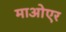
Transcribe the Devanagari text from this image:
माओएर